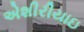
એશીરીયાઇ